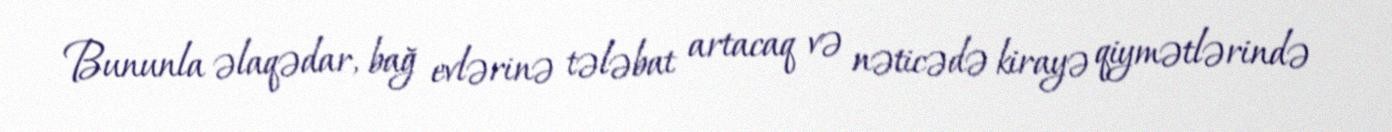
Bununla əlaqədar, bağ evlərinə tələbat artacaq və nəticədə kirayə qiymətlərində